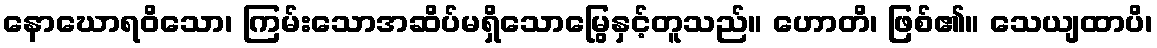
နောဃောရဝိသော၊ ကြမ်းသောအဆိပ်မရှိသောမြွေနှင့်တူသည်။ ဟောတိ၊ ဖြစ်၏။ သေယျထာပိ၊